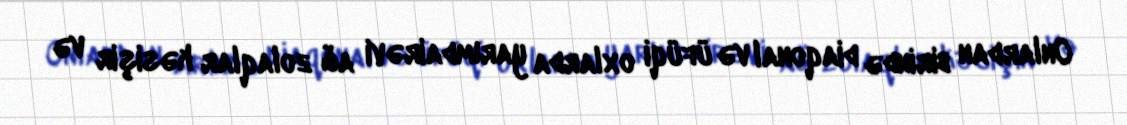
Onlardan birində diaqonal və üfüqi oxlarda yarımdairəvi ağ zolaqlar kəsişir və